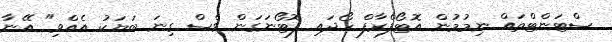
ސްޓަންޓްތައް ނިމުމުން އޮޓޯފްރާފް ހޯދައި ފޮޓޯނަގަން ވެސް ގިނަ ބަޔަކު އެއްވި" އޭނާ